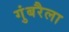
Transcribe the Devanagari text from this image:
गुंबरैला